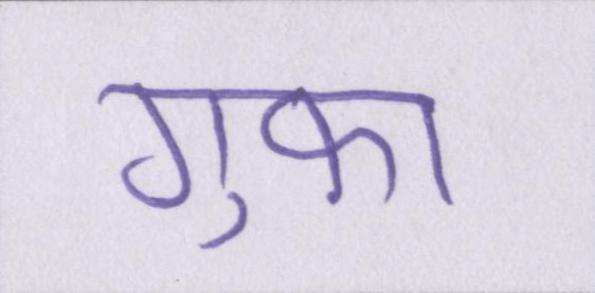
गुफ़ा